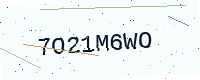
Text: 7O21M6WO